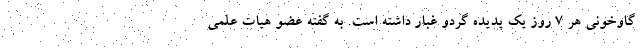
گاوخونی هر ۷ روز یک پدیده گردو غبار داشته است. به گفته عضو هیات علمی